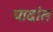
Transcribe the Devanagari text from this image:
पादांत